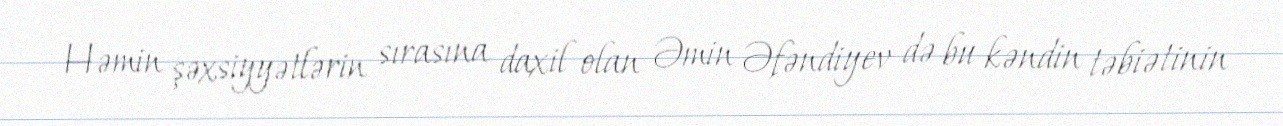
Həmin şəxsiyyətlərin sırasına daxil olan Əmin Əfəndiyev də bu kəndin təbiətinin